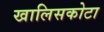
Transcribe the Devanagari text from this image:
खालिसकोटा